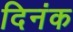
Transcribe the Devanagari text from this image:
दिनंक